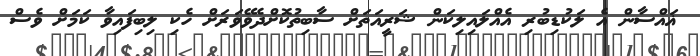
ޣައްސާން އެ ލަކުޑިބުރި އެއްލައިލިކަން ޝަރީއަތަށް ސާބިތުކޮށްދެވޭވަރަށް ހެކި ލިބިފައިވާ ކަމަށް ވެސް